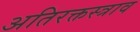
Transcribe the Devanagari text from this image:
अतिरक्तस्त्राव